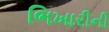
ભિખારીની